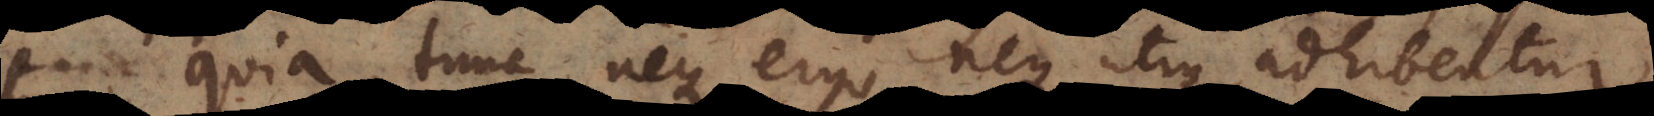
quia, tunc neque ergo neque utique adhibentur